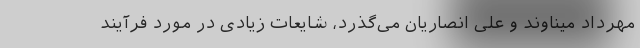
مهرداد میناوند و علی انصاریان می‌گذرد، شایعات زیادی در مورد فرآیند